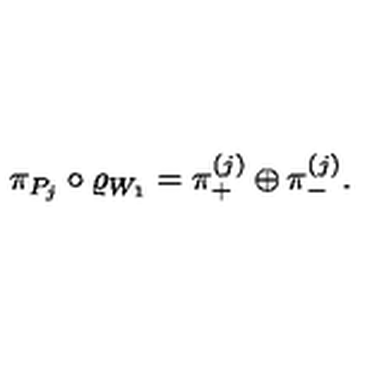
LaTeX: \pi _ { P _ { j } } \circ \varrho _ { W _ { 1 } } = \pi _ { + } ^ { ( j ) } \oplus \pi _ { - } ^ { ( j ) } .